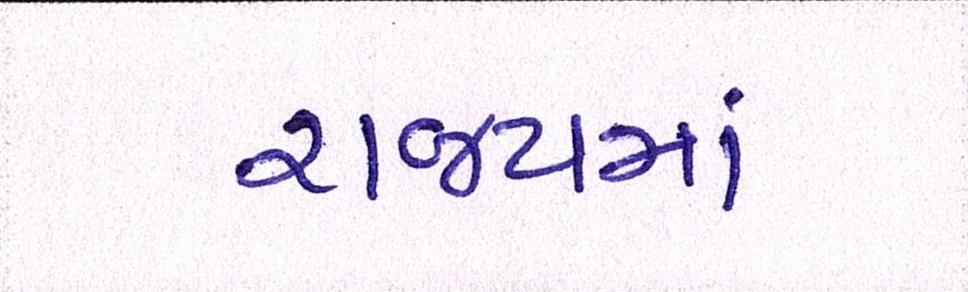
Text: રાજ્યમાં